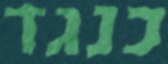
כנגד